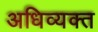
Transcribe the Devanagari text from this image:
अधिव्यक्त